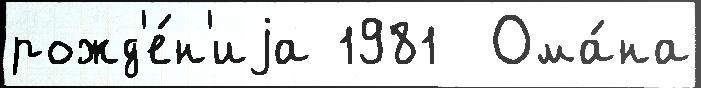
рожд'е́н'иjа 1981  Ома́на